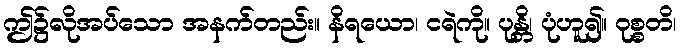
ဤ၌လိုအပ်သော အနက်တည်း။ နိရယော၊ ငရဲကို။ ပုန္တိ၊ ပုံဟူ၍။ ဝုစ္စတိ၊